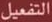
التفعيل